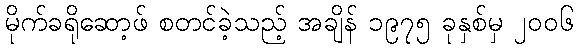
မိုက်ခရိုဆော့ဖ် စတင်ခဲ့သည့် အချိန် ၁၉၇၅ ခုနှစ်မှ ၂၀၀၆